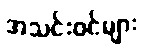
အသင်းဝင်များ